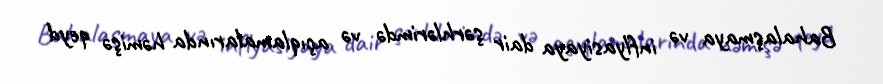
Bahalaşmaya və inflyasiyaya dair şərhlərimdə və açıqlamalarında həmişə qeyd